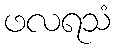
ဖလရသံ